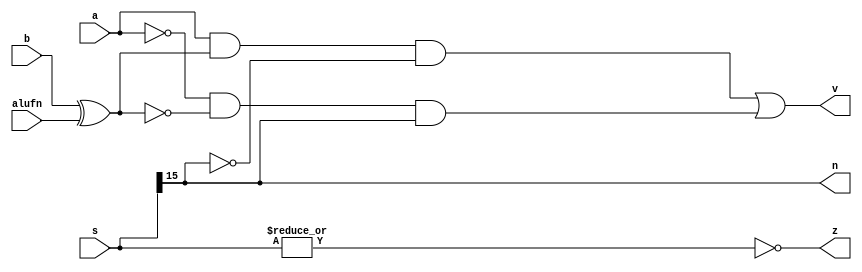
module adder_16bit_2_6 (
    input a,
    input b,
    input [0:0] alufn,
    input [15:0] s,
    output reg z,
    output reg v,
    output reg n
  );
  
  
  
  always @* begin
    v = (a & (b ^ alufn[0+0-:1]) & ~(s[15+0-:1])) | (~(a) & ~(b ^ alufn[0+0-:1]) & s[15+0-:1]);
    n = s[15+0-:1];
    z = (~|s[0+15-:16]);
  end
endmodule